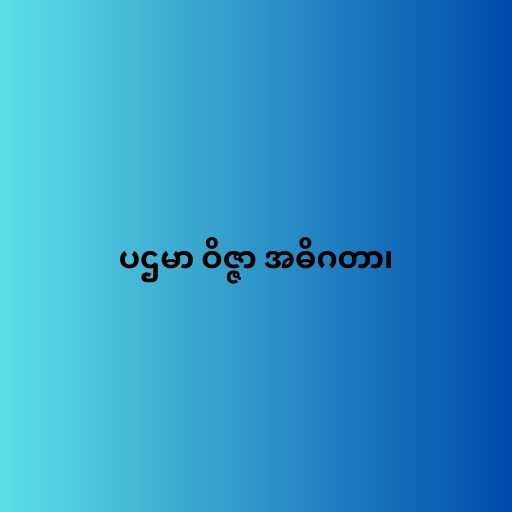
ပဌမာ ဝိဇ္ဇာ အဓိဂတာ၊